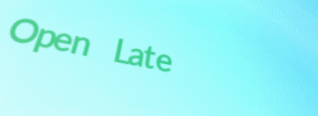
Open Late